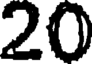
20